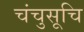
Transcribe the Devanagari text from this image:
चंचुसूचि